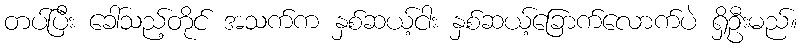
တပ်ပြီး ခေါ်သည့်တိုင် အသက်က နှစ်ဆယ့်ငါး နှစ်ဆယ့်ခြောက်လောက်ပဲ ရှိဦးမည်။